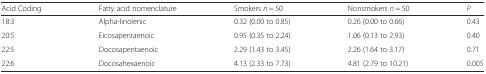
| Acid Coding | Fatty acid nomenclature | Smokers n = 50 | Nonsmokers n = 50 | P |
 | --- | --- | --- | --- | --- |
 | 18:3 | Alpha-linolenic | 0.32 (0.00 to 0.85) | 0.26 (0.00 to 0.66) | 0.43 |
 | 20:5 | Eicosapentaenoic | 0.95 (0.35 to 2.24) | 1.06 (0.13 to 2.93) | 0.40 |
 | 22:5 | Docosapentaenoic | 2.29 (1.43 to 3.45) | 2.26 (1.64 to 3.17) | 0.71 |
 | 22:6 | Docosahexaenoic | 4.13 (2.33 to 7.73) | 4.81 (2.79 to 10.21) | 0.005 |